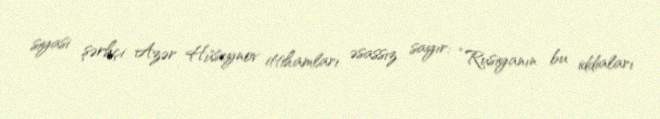
siyasi şərhçi Azər Hüseynov ittihamları əsassız sayır: “Rusiyanın bu iddiaları